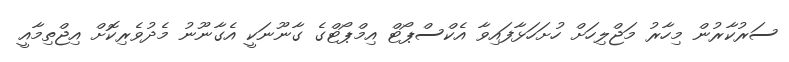
ސަރުކާރުން މިހާރު މަޖްލިހަށް ހުށަހަޅާފައިވާ އެކްސްޕޯޓް އިމްޕޯޓްގެ ގާނޫނަކީ އެގާނޫނު މެދުވެރިކޮށް އިޖްތިމާއީ